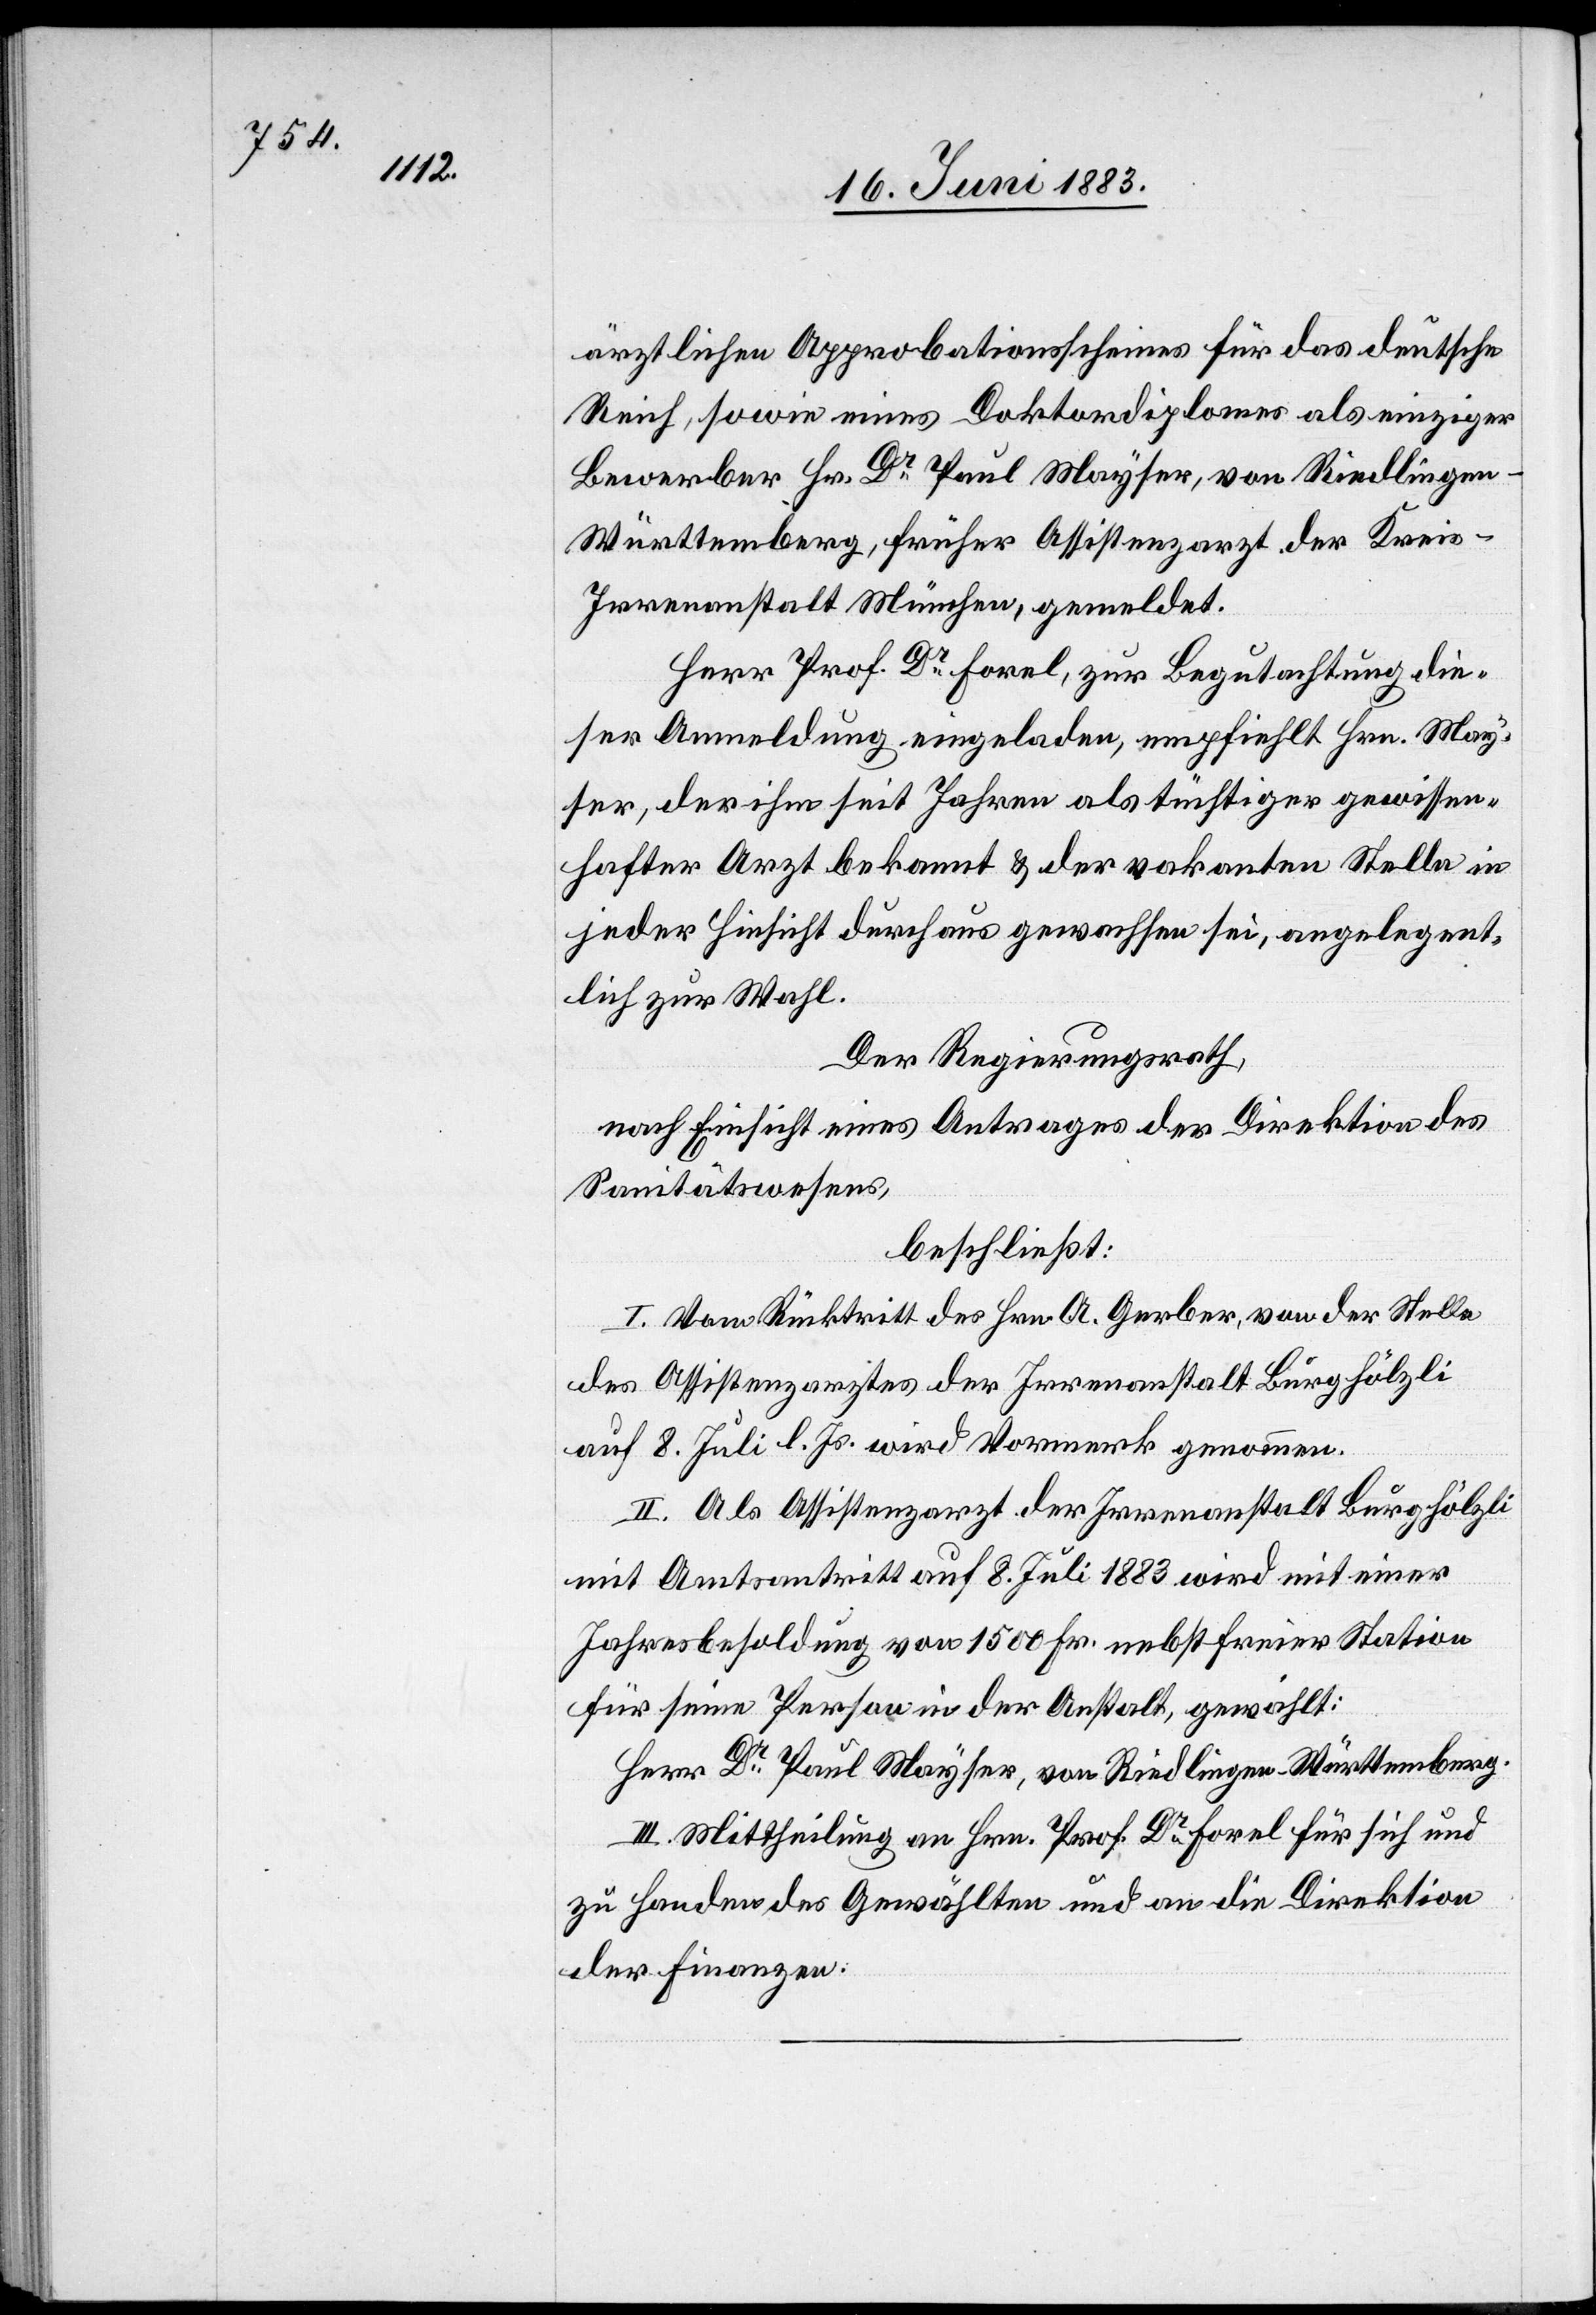
ärztlichen Approbationsscheines für das deutsche
Reich, sowie eines Doktordiplomes als einziger
Bewerber Hr. Dr Paul Mayser, von Riedlingen
Württemberg, früher Assistenzart der Krei¬
s-Irrenanstalt München, gemeldet.
Herr Prof. Dr Forel, zur Begutachtung die¬
ser Anmeldung eingeladen, empfiehlt Hrn. May¬
ser, der ihm seit Jahren als tüchtiger gewissen¬
hafter Arzt bekannt & der vakanten Stelle in
jeder Hinsicht durchaus gewaschen sei, angelegent¬
lich zur Wahl.
Der Regierungsrath,
nach Einsicht eines Antrages der Direktion des
Sanitätswesens,
beschließt:
I. Vom Rücktritt des Hrn. A. Gerber, von der Stelle
des Assistenzarztes der Irrenanstalt Burghölzli
auf 8. Juli l. Js. wird Vormerk genommen.
II. Als Assistenzarzt der Irrenanstalt Burghölzli
mit Amtsantritt auf 8. Juli 1883 wird mit einer
Jahresbesoldung von 1500 Fr. nebst freier Station
für seine Person in der Anstalt, gewählt:
Herr Dr Paul Mayser, von Riedlingen - Württemberg.
III. Mittheilung an Hrn. Prof. Dr Forel für sich und
zu Handen des Gewählten und an die Direktion
der Finanzen.